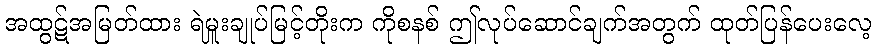
အထွဋ်အမြတ်ထား ရဲမှူးချုပ်မြင့်တိုးက ကိုစနစ် ဤလုပ်ဆောင်ချက်အတွက် ထုတ်ပြန်ပေးလေ့